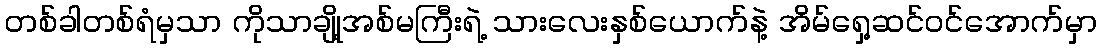
တစ်ခါတစ်ရံမှသာ ကိုသာချို့အစ်မကြီးရဲ့ သားလေးနှစ်ယောက်နဲ့ အိမ်ရှေ့ဆင်ဝင်အောက်မှာ